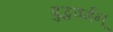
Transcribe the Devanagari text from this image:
बुद्धवर्मन्